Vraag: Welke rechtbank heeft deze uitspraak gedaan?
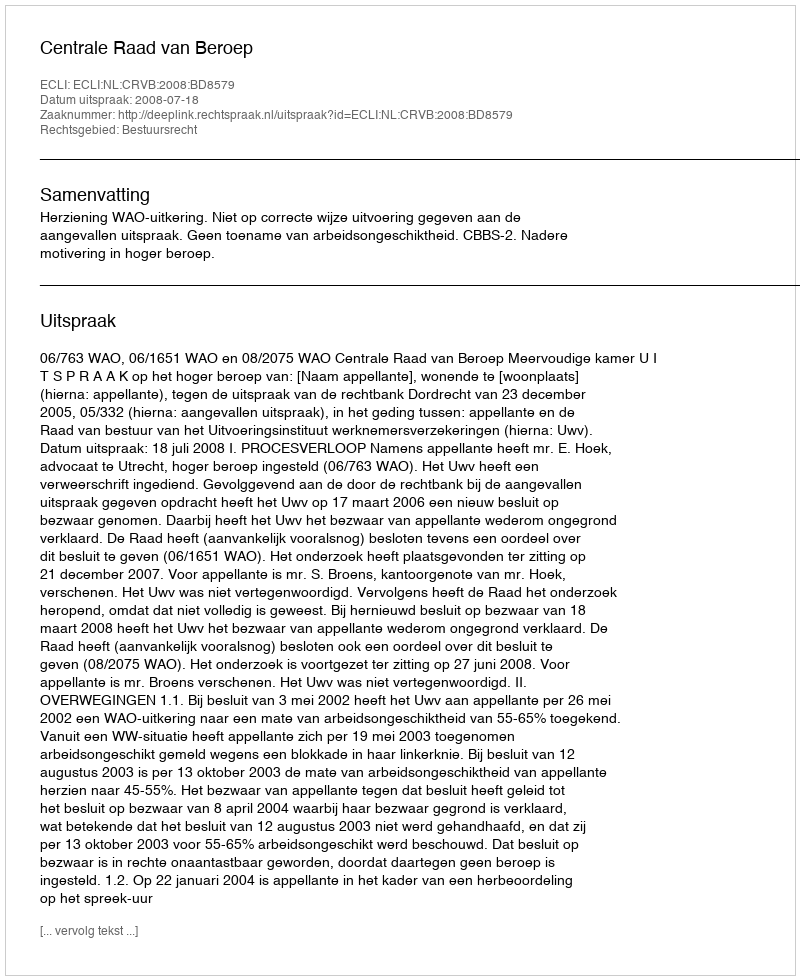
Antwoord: Centrale Raad van Beroep